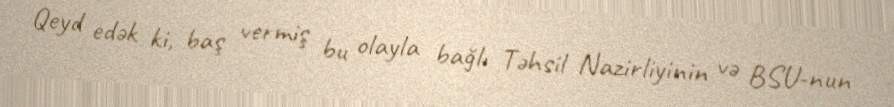
Qeyd edək ki, baş vermiş bu olayla bağlı Təhsil Nazirliyinin və BSU-nun